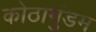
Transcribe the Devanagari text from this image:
कोठागुंडम